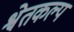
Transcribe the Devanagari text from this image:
श्वेतकल्प